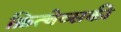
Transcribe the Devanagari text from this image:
क्रित्चेव्सकी